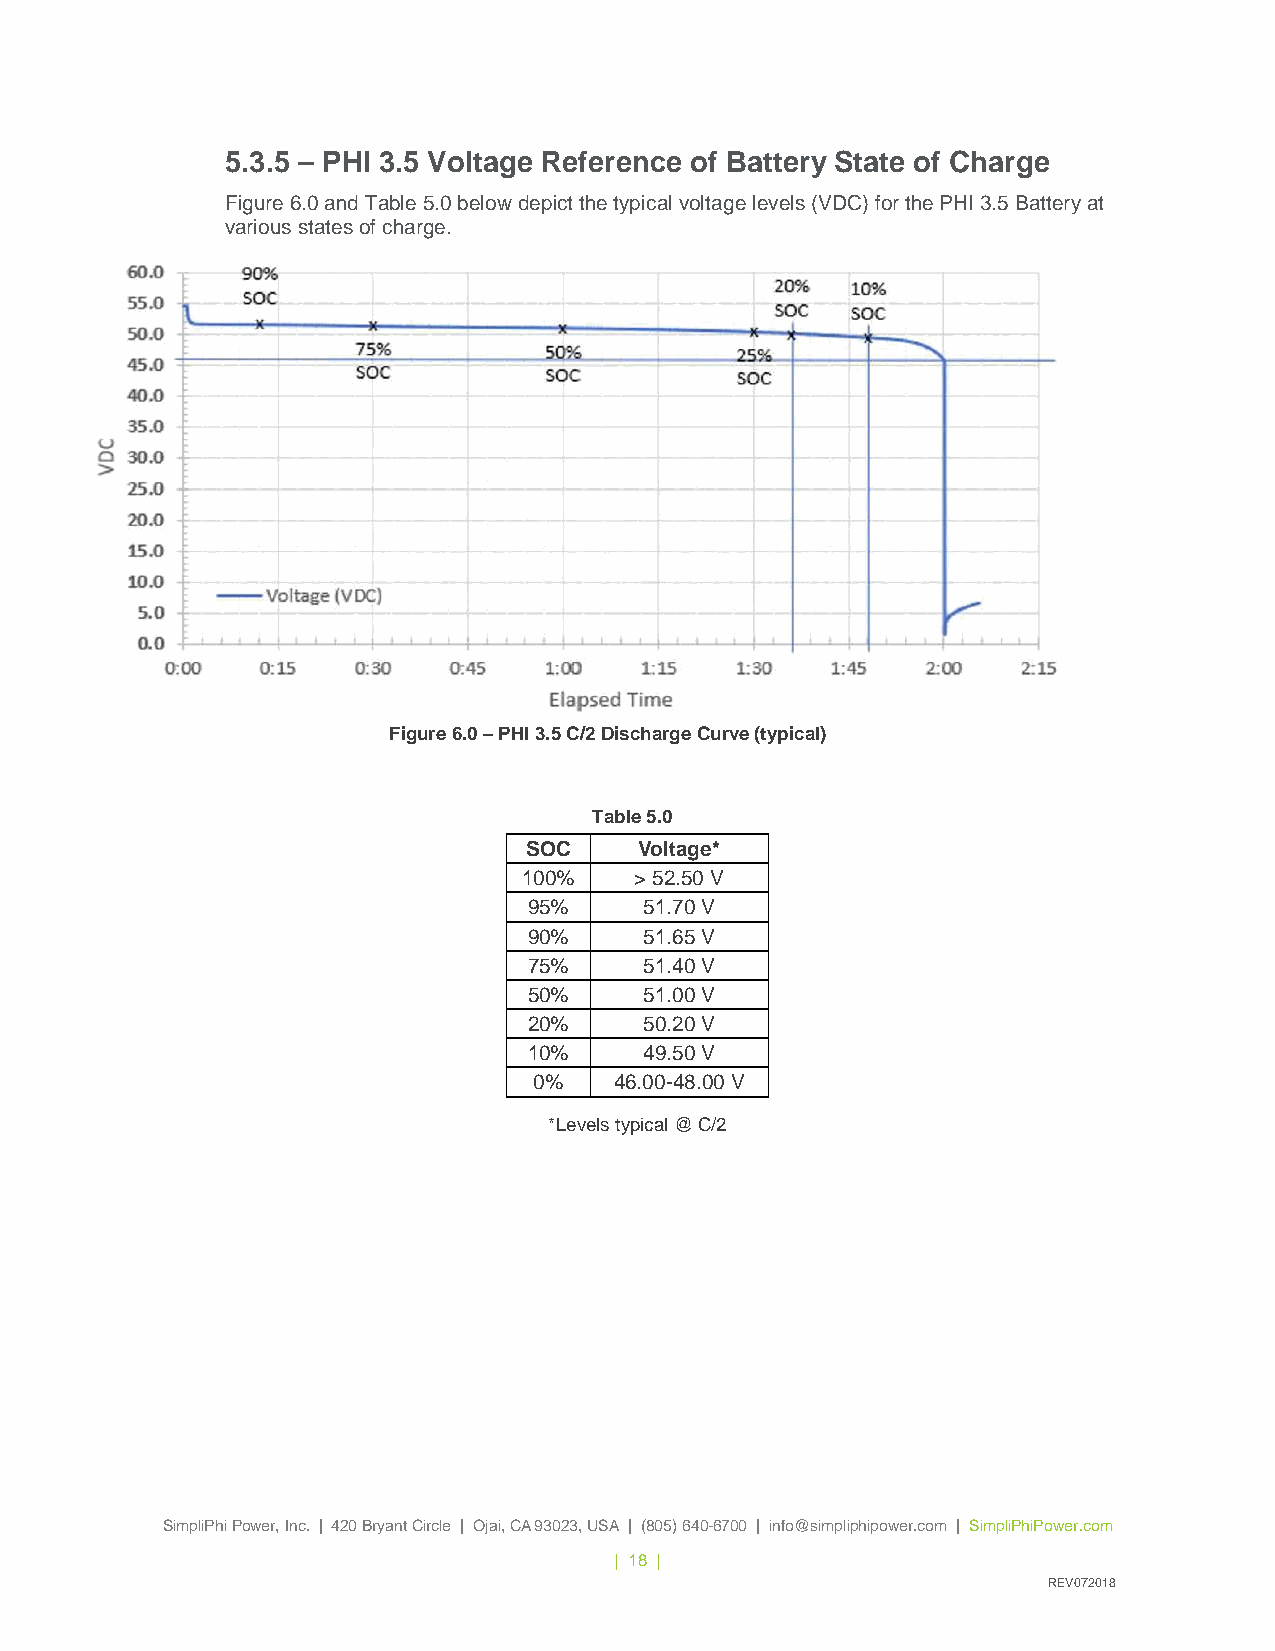
5.3.5 – PHI 3.5 Voltage Reference of Battery State of Charge
 Figure 6.0 and Table 5.0 below depict the typical voltage levels (VDC) for the PHI 3.5 Battery at
 various states of charge.
 Figure 6.0 – PHI 3.5 C/2 Discharge Curve (typical)
 Table 5.0
 SOC    Voltage*
 100%   > 52.50 V
 95%     51.70 V
 90%     51.65 V
 75%     51.40 V
 50%     51.00 V
 20%     50.20 V
 10%     49.50 V
 0%    46.00-48.00 V
 *Levels typical @ C/2
 SimpliPhi Power, Inc. | 420 Bryant Circle | Ojai, CA 93023, USA | (805) 640-6700 | info@simpliphipower.com | SimpliPhiPower.com
 | 18 |
 REV072018